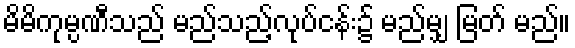
မိမိကုမ္ပဏီသည် မည်သည့်လုပ်ငန်း၌ မည်မျှ မြတ် မည်။